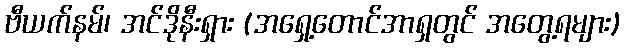
ဗီယက်နမ်၊ အင်ဒိုနီးရှား (အရှေ့တောင်အာရှတွင် အတွေ့ရများ)